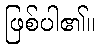
ဖြစ်ပါ၏။